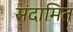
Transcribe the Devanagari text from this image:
संदामित